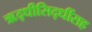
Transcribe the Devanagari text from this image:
ऋद्धीसिद्धींसह